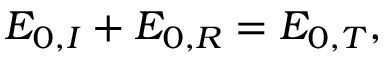
E _ { 0 , I } + E _ { 0 , R } = E _ { 0 , T } ,